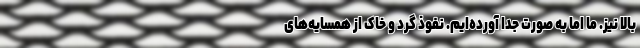
بالا نیز. ما اما به صورت جدا آورده‌ایم. نفوذ گرد و خاک از همسایه‌های